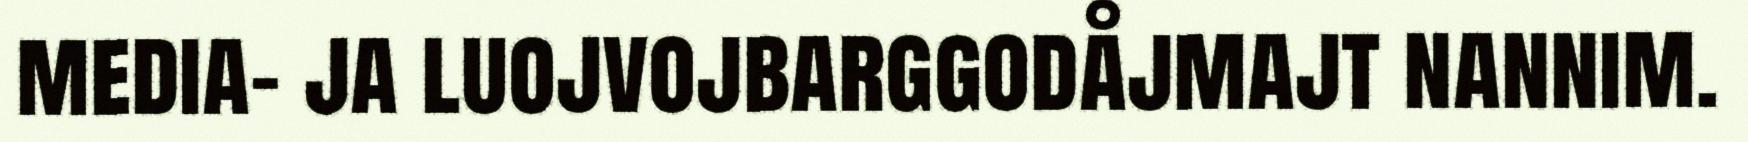
media- ja luojvojbarggodåjmajt nannim.